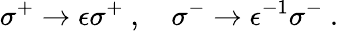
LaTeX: \sigma^{+}\to\epsilon\sigma^{+}\ ,\quad\sigma^{-}\to\epsilon^{-1}\sigma^{-}\ .